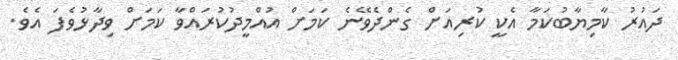
ދައުރު ކާމިޔާބުކަމާ އެކީ ކުރިއަށް ގެންދެވޭނެ ކަމަށް އުއްމީދުކުރައްވާ ކަމަށް ވިދާޅުވެފަ އެވެ.